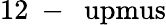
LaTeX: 12\mathrm{~-~}\mathrm{\ upmus}